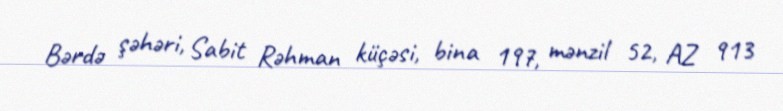
Bərdə şəhəri, Sabit Rəhman küçəsi, bina 197, mənzil 52, AZ 913